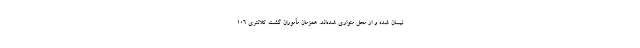
نیسان شده و از محل متواری شده‌اند. همزمان مأموران گشت کلانتری ۱۰۶